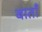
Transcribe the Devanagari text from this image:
बाताँ